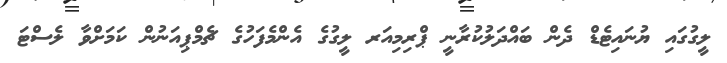
ލީގުގައި ޔުނައިޓެޑް ދެން ބައްދަލުކުރާނީ ޕްރިމިއަރ ލީގުގެ އެންމެފަހުގެ ޗެމްޕިއަނުން ކަމަށްވާ ލެސްޓަ